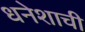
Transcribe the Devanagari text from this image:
धनेशाची